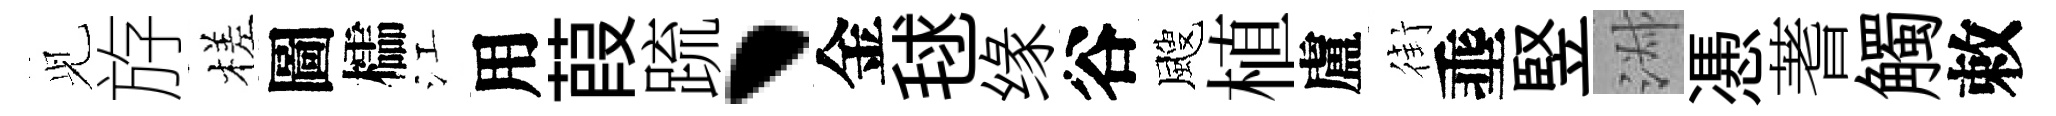
𫤗斿槎圖櫺江用葭䟽、金毬缘谷颼植盧街埀竪淑慿蓍觸敕